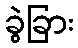
ခွဲခြား